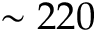
\sim 2 2 0